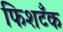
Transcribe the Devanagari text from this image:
फिशटँक